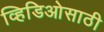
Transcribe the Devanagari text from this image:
व्हिडिओसाठी